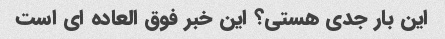
این بار جدی هستی؟ این خبر فوق العاده ای است